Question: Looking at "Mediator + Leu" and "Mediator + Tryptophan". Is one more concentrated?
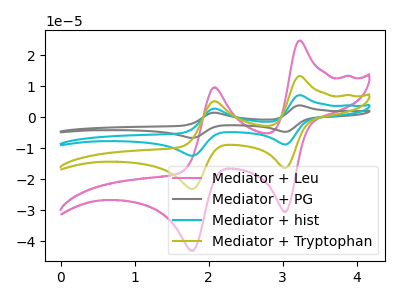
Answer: <think>The pink curve "Mediator + Leu" has anodic peaks at (3.20V, 24.70uA) (2.10V, 9.65uA) and cathodic peaks at (3.05V, -30.55uA) (1.80V, -43.10uA). The gray curve "Mediator + PG" has anodic peaks at (3.20V, 39.80uA) (2.10V, 15.60uA) and cathodic peaks at (3.05V, -49.25uA) (1.80V, -69.45uA). The cyan curve "Mediator + hist" has anodic peaks at (3.20V, 26.55uA) (2.10V, 10.40uA) and cathodic peaks at (3.05V, -32.80uA) (1.80V, -46.30uA). The olive curve "Mediator + Tryptophan" has anodic peaks at (3.20V, 13.25uA) (2.10V, 5.20uA) and cathodic peaks at (3.05V, -16.40uA) (1.80V, -23.15uA).
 All the peaks in "Mediator + Leu" have a peak in "Mediator + Tryptophan" at the same potential. Every peak in "Mediator + Leu" is higher than every peak in "Mediator + Tryptophan".</think>
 <answer>"Mediator + Leu" has more signal than "Mediator + Tryptophan" and so likely has a higher concentration.</answer>
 <eval>more_concentration</eval>